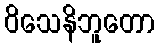
ဝိသေနိဘူတော